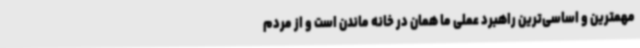
مهمترین و اساسی‌ترین راهبرد عملی ما همان در خانه ماندن است و از مردم